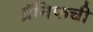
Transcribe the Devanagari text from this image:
ब्रॅनिफची